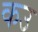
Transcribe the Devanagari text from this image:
कउ